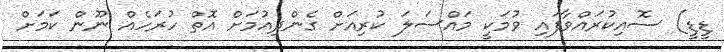
ޑީޑީ) ސޮއިކުރައްވާފައި ވުމަކީ މައްސަލަ ކުރިއަށް ގެންދިއުމަށް އޮތް ހުރަހެއް ނޫން ކަމަށް